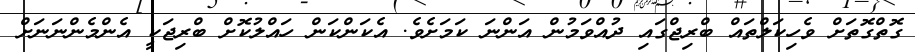
ގޮތްގޮތަށް ވެހިކަލްތައް ބްރިޖްގައި ދުއްވަމުން އަންނަ ކަމަށެވެ. އެކަންކަން ހައްލުކޮށް ބްރިޖަކީ އެންމެންނަނަށް